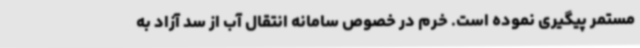
مستمر پیگیری نموده است. خرم در خصوص سامانه انتقال آب از سد آزاد به